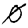
Digit: 0